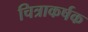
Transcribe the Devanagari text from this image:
चित्राकर्षक